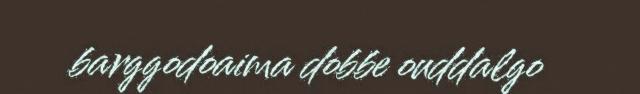
barggodoaima dobbe ouddalgo